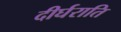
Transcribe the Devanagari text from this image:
दीर्घराति